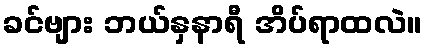
ခင်ဗျား ဘယ်နှနာရီ အိပ်ရာထလဲ။